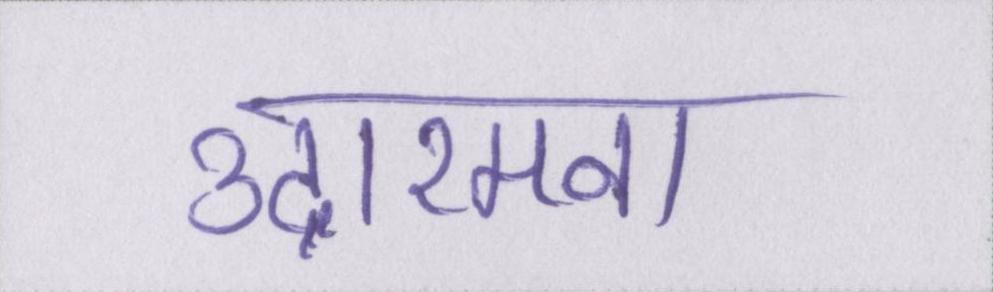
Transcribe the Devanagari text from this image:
उदारमना